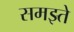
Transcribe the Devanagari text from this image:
समझ्ते